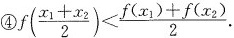
④$$f ( \frac { x _ { 1 } + x _ { 2 } } { 2 } ) < \frac { f ( x _ { 1 } ) + f ( x _ { 2 } ) } { 2 }$$·